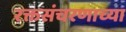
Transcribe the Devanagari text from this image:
रक्तसंचरणाच्या